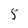
Character: 5